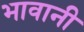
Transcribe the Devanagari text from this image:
भावानी